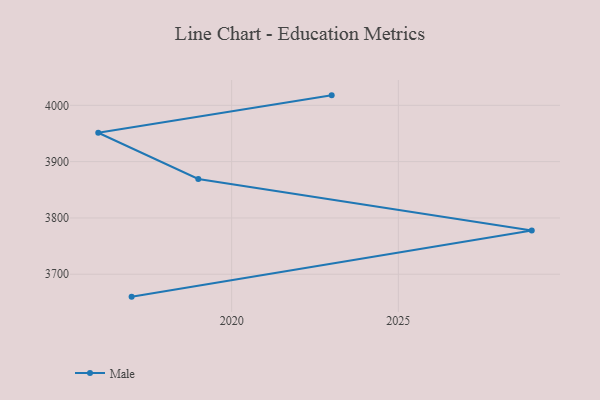
{"axis": {"x": "Year", "y": "Website Visitors"}, "legend": ["Male"], "data": [{"x": "2023", "y": 4017.7, "type": "Male"}, {"x": "2016", "y": 3951.3, "type": "Male"}, {"x": "2019", "y": 3869.2, "type": "Male"}, {"x": "2029", "y": 3777.5, "type": "Male"}, {"x": "2017", "y": 3660.2, "type": "Male"}]}